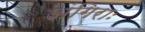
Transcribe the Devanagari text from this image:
अंगिराः